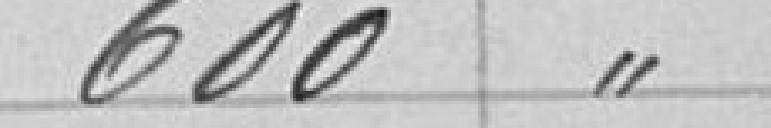
600